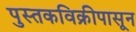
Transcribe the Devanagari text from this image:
पुस्तकविक्रीपासून